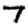
Digit: 7